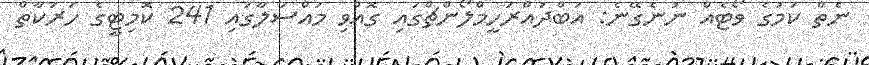
ނެތް ކަމުގެ ވޯޓެއް ނުނެގޭނެ: އަބްދުއްރަހީމްލޯންޗްގައި ގޮއްވި މައްސަލާގައި 241 ކޮމިޓީގެ ހަރަކާތް